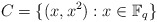
\begin{align*} C=\{(x,x^2): x \in \mathbb F_q\} \end{align*}